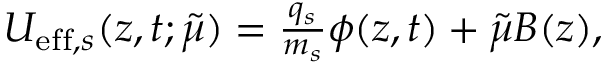
\begin{array} { r } { U _ { \mathrm { e f f } , s } ( z , t ; \tilde { \mu } ) = \frac { q _ { s } } { m _ { s } } \phi ( z , t ) + \tilde { \mu } B ( z ) , } \end{array}